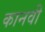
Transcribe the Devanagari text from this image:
कानवी